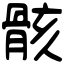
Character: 骸